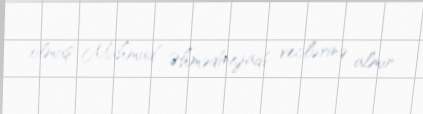
olmuş Mahmud Əhmədinejadı veclərinə almır.